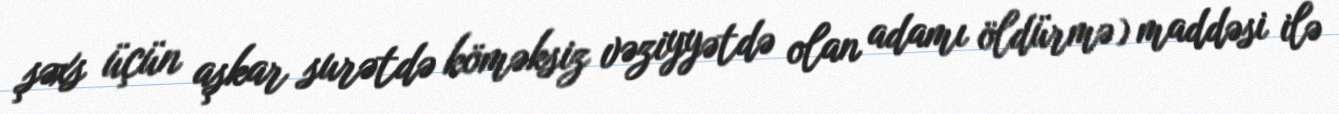
şəxs üçün aşkar surətdə köməksiz vəziyyətdə olan adamı öldürmə) maddəsi ilə